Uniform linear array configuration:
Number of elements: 48
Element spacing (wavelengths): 0.75
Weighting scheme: kaiser
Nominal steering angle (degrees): -60
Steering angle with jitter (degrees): -58.417
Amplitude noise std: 0.05
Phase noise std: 0.05

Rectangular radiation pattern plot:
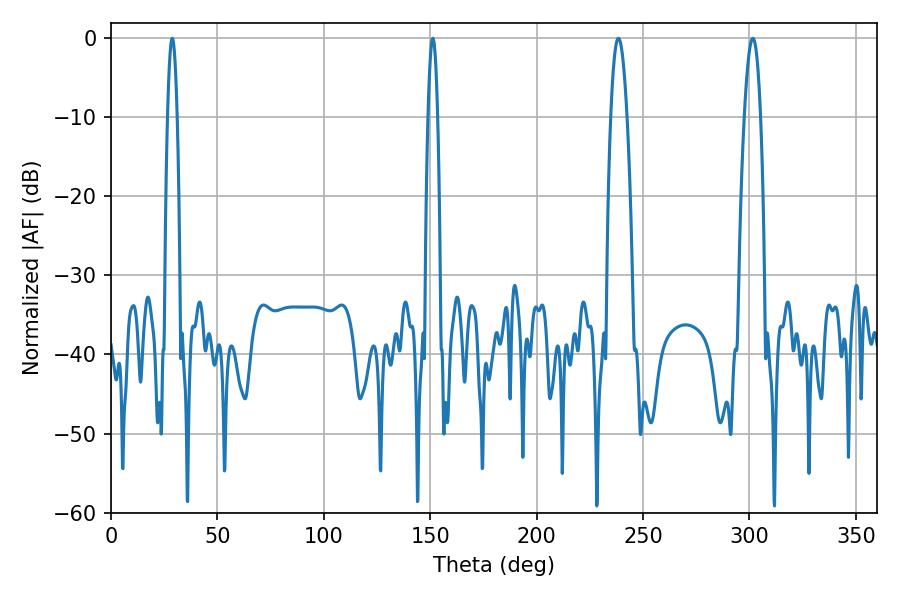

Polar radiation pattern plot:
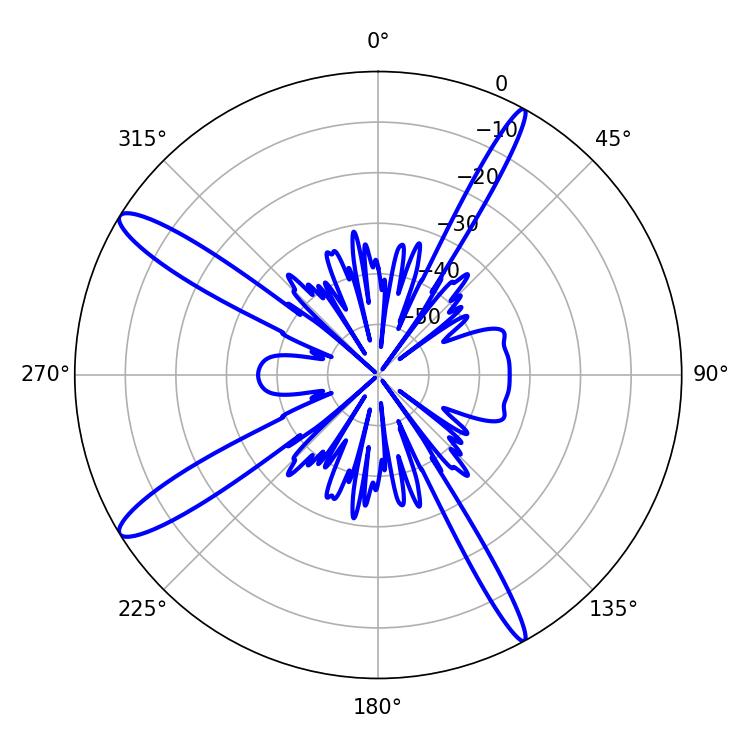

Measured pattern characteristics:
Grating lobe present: TRUE
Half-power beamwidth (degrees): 2.52
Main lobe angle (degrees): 28.8